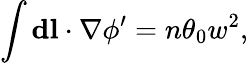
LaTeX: \int{\mathbf d}{\mathbf l}\cdot{\mathbf\nabla}\phi^{\prime}=n\theta_{0}w^{2},